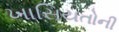
ખાસિયતોની